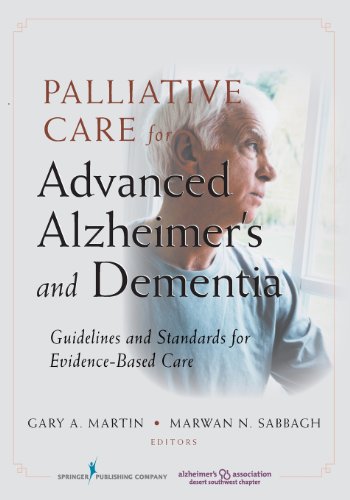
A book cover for Palliative Care for Advanced Alzheimer's and Dementia: Guidelines and Standards for Evidence-Based Care; Self-Help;